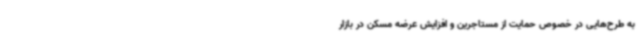
به طرح‌هایی در خصوص حمایت از مستاجرین و افزایش عرضه مسکن در بازار